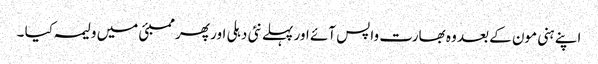
اپنے ہنی مون کے بعد وہ بھارت واپس آئے اور پہلے نئی دہلی اور پھر ممبئی میں ولیمہ کیا ۔